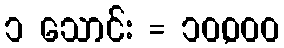
၁ သောင်း = ၁၀,၀၀၀